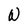
Character: W